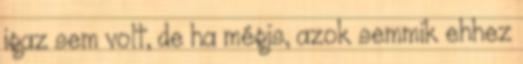
igaz sem volt, de ha mégis, azok semmik ehhez